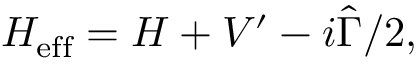
H _ { \mathrm { e f f } } = H + V ^ { \prime } - i \hat { \Gamma } / 2 ,